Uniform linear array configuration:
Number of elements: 12
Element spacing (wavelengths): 1
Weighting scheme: hann
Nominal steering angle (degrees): -15
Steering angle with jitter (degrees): -16.127
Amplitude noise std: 0.05
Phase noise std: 0.05

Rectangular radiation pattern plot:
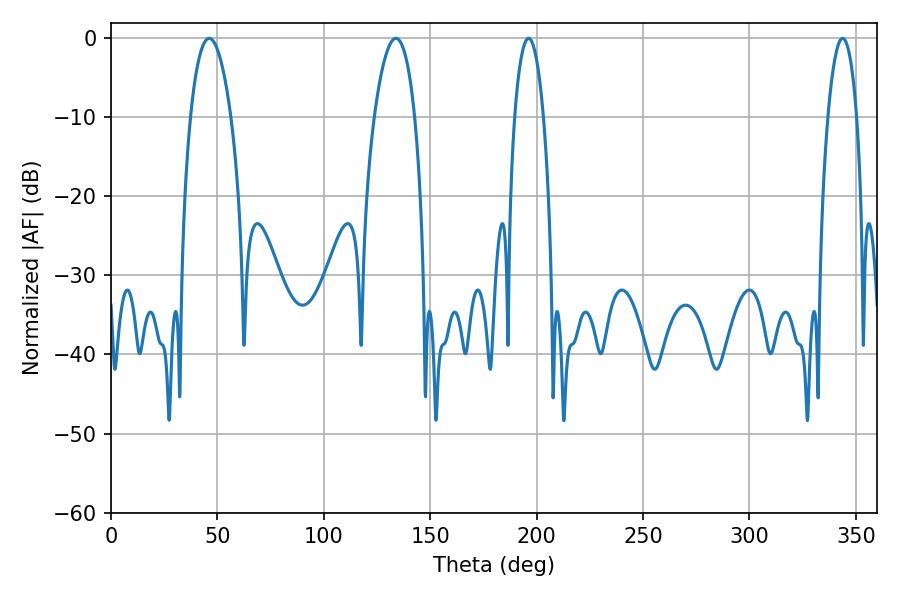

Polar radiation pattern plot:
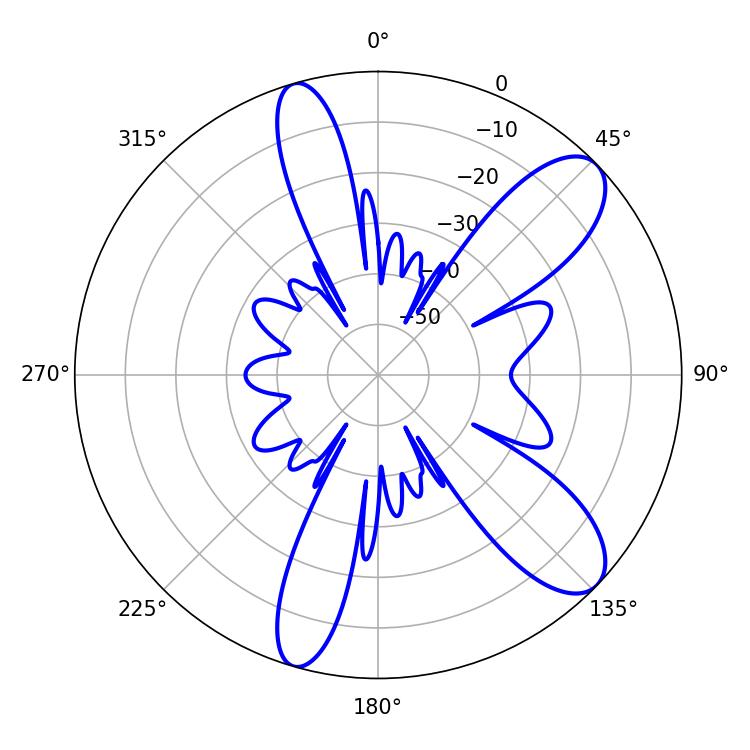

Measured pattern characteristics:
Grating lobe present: TRUE
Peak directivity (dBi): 9.846
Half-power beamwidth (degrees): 7.56
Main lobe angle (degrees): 196.2